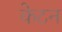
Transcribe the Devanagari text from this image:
केटन